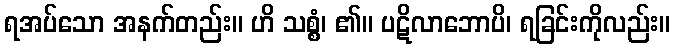
ရအပ်သော အနက်တည်း။ ဟိ သစ္စံ၊ ၏။ ပဋိလာဘောပိ၊ ရခြင်းကိုလည်း။